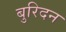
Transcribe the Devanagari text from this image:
बुरिदन